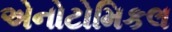
એનોટોમિકલ